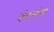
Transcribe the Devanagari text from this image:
हंटरांना